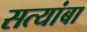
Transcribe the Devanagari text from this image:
सत्यांबा